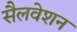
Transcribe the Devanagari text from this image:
सैलवेशन